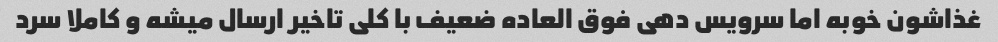
غذاشون خوبه اما سرویس دهی فوق العاده ضعیف با کلی تاخیر ارسال میشه و کاملا سرد